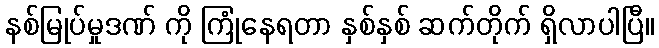
နစ်မြုပ်မှုဒဏ် ကို ကြုံနေရတာ နှစ်နှစ် ဆက်တိုက် ရှိလာပါပြီ။